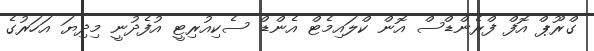
ގްރޫޕް އޮފް ފްރެންޑްސް އޮން ކްލައިމެޓް އެންޑް ސެކިއުރިޓީ އުފެދުނީ މިދިޔަ އަހަރުގެ